Investigations into the jail dietaries of the United Provinces with some observations on the influence of dietary on the physical development and well-being of the people of the United Provinces - Number 48
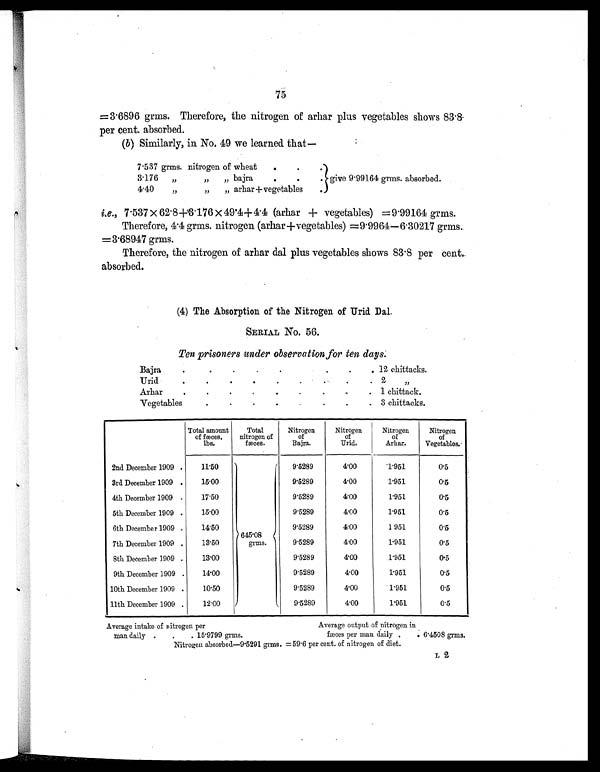
75
=3.6896 grms. Therefore, the nitrogen of arhar plus vegetables shows 83.8
per cent. absorbed.
(b) Similarly, in No. 49 we learned that
—
7.537 grms. nitrogen of wheat
.
. .
give 9.99164 grms. absorbed.
3.176 „
„
„ bajra
.
.
.
4.40
„
„
„ arhar + vegetables
.
i.e., 7.537 × 62.8+3.176 × 49.4+4.4 (arhar + vegetables) =9.99164 grms.
Therefore, 4.4 grms. nitrogen (arhar + vegetables) =9.9964—6.30217 grms.
=3.68947 grms.
Therefore, the nitrogen of arhar dal plus vegetables shows 83.8 per cent.
absorbed.
(4) The Absorption of the Nitrogen of Urid Dal.
SERIAL No. 56.
Ten prisoners under observation for ten days.
Bajra
.
.
.
.
.
.
.
.
. 12 chittacks.
Urid
.
.
.
.
.
.
. .
. 2 „
Arhar
.
.
.
.
.
.
.
.
. 1 chittack.
Vegetables
.
.
.
.
.
.
.
. 3 chittacks.
Total amount
of fæces.
lbs.
Tot a l
nitrogen of
fæces.
Nitrogen
of
Bajra.
Nitrogen
of
Urid.
Nitrogen
of
Arhar.
Nitrogen
of
Vegetables.
2nd December 1909 .
11.50
645.08
grms.
9.5289
4.00
1.951
0.5
3rd December 1909 .
15.00
9.5289
4.00
1.951
0.5
4th December 1909 .
17.50
9.5289
4.00
1.951
0.5
5th December 1909 .
15.00
9.5289
4. 00
1.951
0.5
6th December 1909 .
14.50
9.5289
4.00
1.951
0.5
7th December 1909 .
13.50
9.5289
4. 00
1.951
0.5
8th December 1909 .
13.00
9.5289
4. 00
1.951
0.5
9th December 1909 .
14.00
9.5289
4.00
1.951
0.5
10th December 1909 .
10.50
9.5289
4.00
1.951
0.5
11th December 1909 .
12.00
9.5289
4.00
1.951
0.5
Average intake of nitrogen per
Average output of nitrogen in
man daily .
.
. 15.9799 grms.
fæces per man daily .
. 6.4508 grms.
Nitrogen absorbed—9.5291 grms. =59.6 per cent. of nitrogen of diet.
L 2